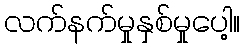
လက်နက်မှုနှစ်မှုပေါ့။